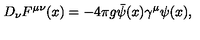
D _ { \nu } F ^ { \mu \nu } ( x ) = - 4 \pi g \bar { \psi } ( x ) \gamma ^ { \mu } \psi ( x ) ,